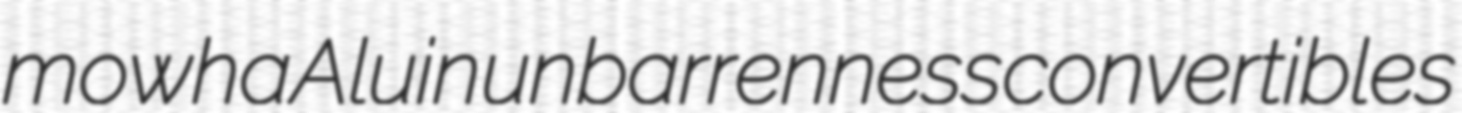
mowha Aluin unbarrenness convertibles